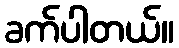
ခက်ပါတယ်။